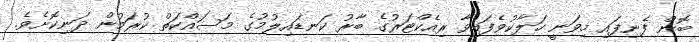
ބޮން ފެނިފައި މިވަނީ ހަލާކުވެފައިވާ ރިއެކްޓަރުގެ ބާރު ކަނޑައިލުމުގެ މަސައްކަތް ކުރަމުން ދަނިކޮށެވެ.